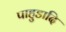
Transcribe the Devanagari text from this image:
पाहुडादि